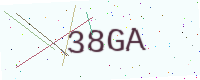
Text: 38GA